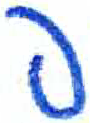
אות: פ